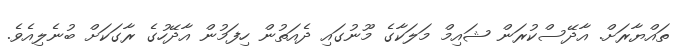
ތައްޔާރަށް. އާދޭސްކުރަން ޝައިމް މަލަކާގެ މޫނުގައި ދެއަތުން ހިފަމުން އާދޭހުގެ ރާގަކަށް ބުނެލިއެވެ.